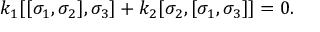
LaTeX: k _ { 1 } [ [ \sigma _ { 1 } , \sigma _ { 2 } ] , \sigma _ { 3 } ] + k _ { 2 } [ \sigma _ { 2 } , [ \sigma _ { 1 } , \sigma _ { 3 } ] ] = 0 .